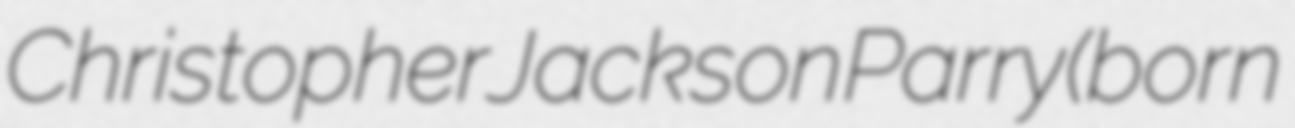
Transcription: Christopher Jackson Parry (born